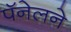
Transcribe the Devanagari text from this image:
पॅनेलने